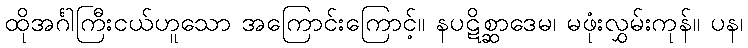
ထိုအင်္ဂါကြီးငယ်ဟူသော အကြောင်းကြောင့်။ နပဋိစ္ဆာဒေမ၊ မဖုံးလွှမ်းကုန်။ ပန၊